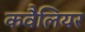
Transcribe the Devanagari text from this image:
कवैलियर